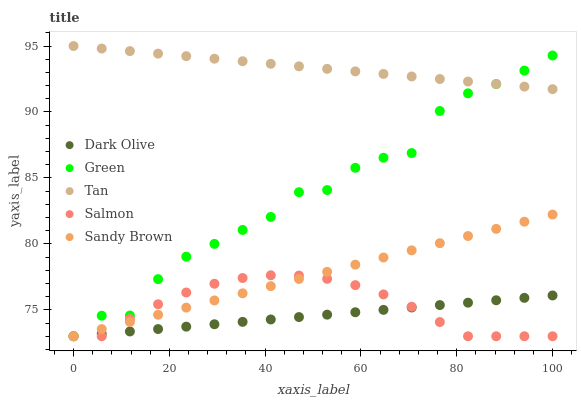
| xaxis_label | Dark Olive | Green | Tan | Salmon | Sandy Brown |
 | --- | --- | --- | --- | --- | --- |
 | 0 | 73 | 73 | 95 | 73 | 73 |
 | 5.88 | 73.2 | 74.6 | 94.8 | 73 | 73.5 |
 | 11.8 | 73.4 | 74.6 | 94.6 | 74.3 | 74.1 |
 | 17.6 | 73.5 | 77.3 | 94.4 | 75.4 | 74.6 |
 | 23.5 | 73.7 | 79 | 94.2 | 76.3 | 75.2 |
 | 29.4 | 73.9 | 80 | 94 | 77 | 75.7 |
 | 35.3 | 74.1 | 81.1 | 93.8 | 77.4 | 76.3 |
 | 41.2 | 74.3 | 82 | 93.7 | 77.6 | 76.8 |
 | 47.1 | 74.5 | 83.9 | 93.5 | 77.6 | 77.3 |
 | 52.9 | 74.6 | 84.1 | 93.3 | 77.4 | 77.9 |
 | 58.8 | 74.8 | 85.8 | 93.1 | 76.9 | 78.4 |
 | 64.7 | 75 | 86.5 | 92.9 | 76.2 | 79 |
 | 70.6 | 75.2 | 86.9 | 92.7 | 75.2 | 79.5 |
 | 76.5 | 75.4 | 90.1 | 92.5 | 74.1 | 80.1 |
 | 82.4 | 75.5 | 91.4 | 92.3 | 73 | 80.6 |
 | 88.2 | 75.7 | 92.1 | 92.1 | 73 | 81.1 |
 | 94.1 | 75.9 | 93.1 | 91.9 | 73 | 81.7 |
 | 100 | 76.1 | 94.3 | 91.7 | 73 | 82.2 |